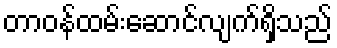
တာဝန်ထမ်းဆောင်လျက်ရှိသည်